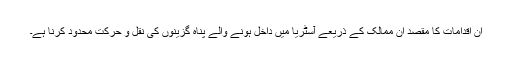
ان اقدامات کا مقصد ان ممالک کے ذریعے آسٹریا میں داخل ہونے والے پناہ گزینوں کی نقل و حرکت محدود کرنا ہے۔